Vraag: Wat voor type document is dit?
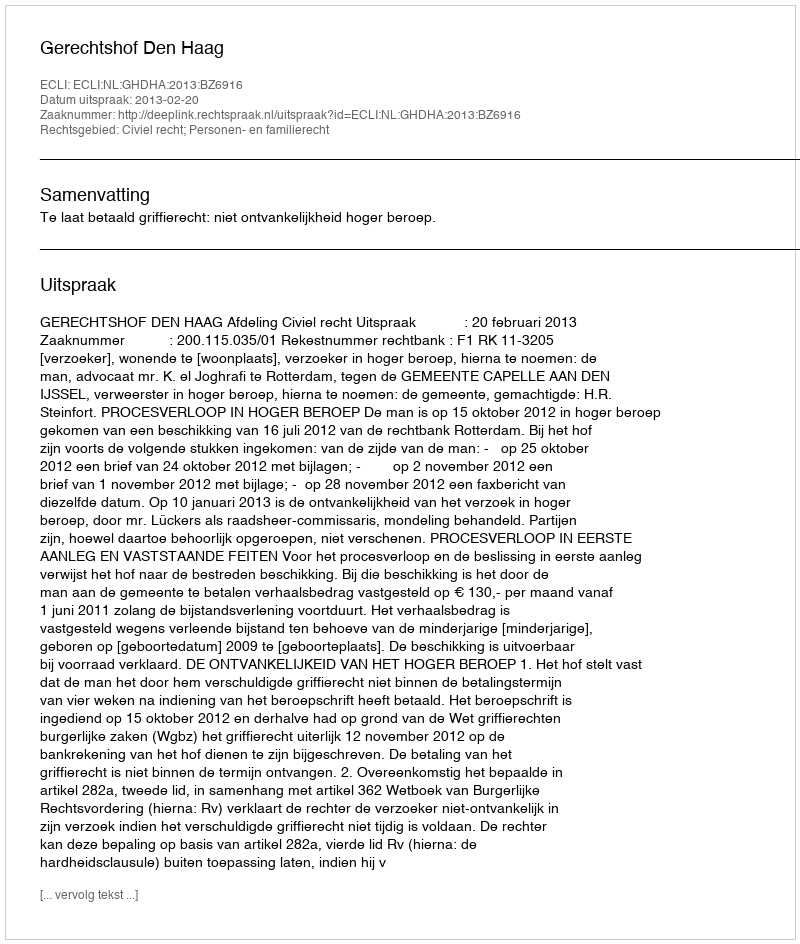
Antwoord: Uitspraak